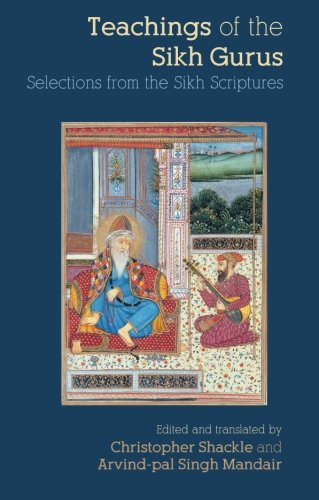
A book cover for Teachings of the Sikh Gurus: Selections from the Sikh Scriptures; Religion & Spirituality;